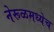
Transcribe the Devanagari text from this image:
नेरूळमध्येच